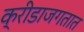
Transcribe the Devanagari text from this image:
क्रीडाजगतात